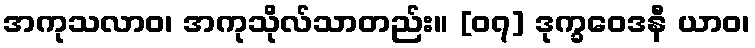
အကုသလာဝ၊ အကုသိုလ်သာတည်း။ [၀၇] ဒုက္ခဝေဒနီ ယာဝ၊